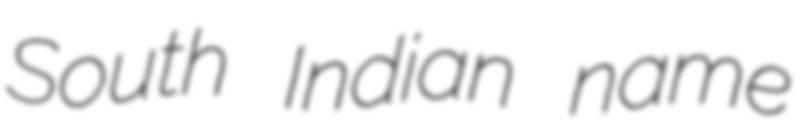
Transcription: South Indian name